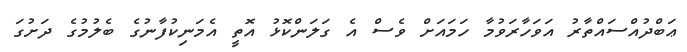
ޢަބްދުއްސައްތާރު އަވަހާރަވުމާ ހަމައަށް ވެސް އެ ގަލަންކޮޅު އޮތީ އެމަނިކުފާނުގެ ބެލުމުގެ ދަށުގަ